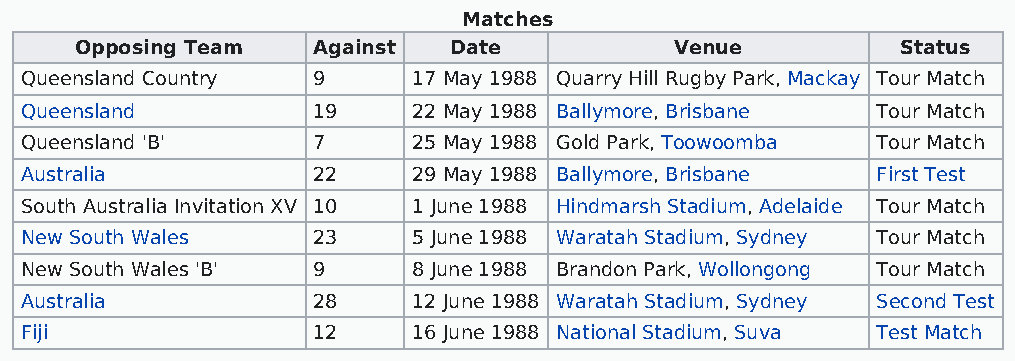
Matches
 Opposing Team   Against  Date           Venue          Status
 Queensland Country  9     17 May 1988 Quarry Hill Rugby Park, Mackay Tour Match
 Queensland          19    22 May 1988 Ballymore, Brisbane Tour Match
 Queensland 'B'      7     25 May 1988 Gold Park, Toowoomba Tour Match
 Australia           22    29 May 1988 Ballymore, Brisbane First Test
 South Australia Invitation XV 10 1 June 1988 Hindmarsh Stadium, Adelaide Tour Match
 New South Wales     23    5 June 1988 Waratah Stadium, Sydney Tour Match
 New South Wales 'B' 9     8 June 1988 Brandon Park, Wollongong Tour Match
 Australia           28    12 June 1988 Waratah Stadium, Sydney Second Test
 Fiji                12    16 June 1988 National Stadium, Suva Test Match